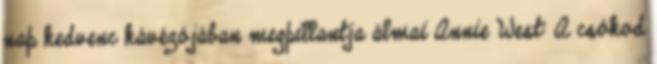
nap kedvenc kávézójában megpillantja álmai Annie West: A csókod